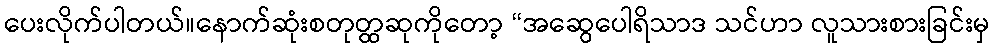
ပေးလိုက်ပါတယ်။နောက်ဆုံးစတုတ္ထဆုကိုတော့ “အဆွေပေါရိသာဒ သင်ဟာ လူသားစားခြင်းမှ